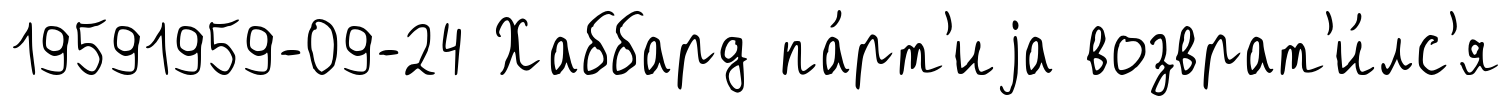
19591959-09-24 Хаббард па́рт'иjа возврат'и́лс'я